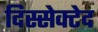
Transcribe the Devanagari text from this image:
दिस्सेक्टेद